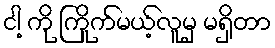
ငါ့ ကို ကြိုက်မယ့်လူမှ မရှိတာ